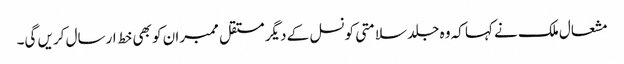
مشعال ملک نے کہا کہ وہ جلد سلامتی کونسل کے دیگر مستقل ممبران کو بھی خط ارسال کریں گی۔